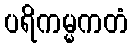
ပရိကမ္မကတံ